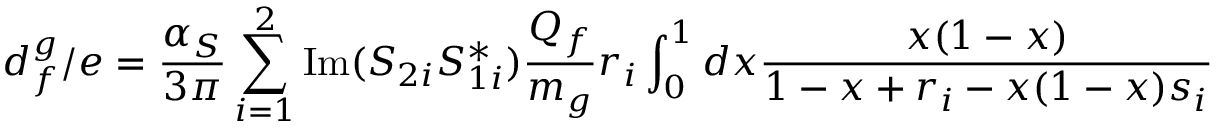
d _ { f } ^ { g } / e = { \frac { \alpha _ { S } } { 3 \pi } } \sum _ { i = 1 } ^ { 2 } \mathrm { I m } ( S _ { 2 i } S _ { 1 i } ^ { \ast } ) { \frac { Q _ { f } } { m _ { g } } } r _ { i } \int _ { 0 } ^ { 1 } d x { \frac { x ( 1 - x ) } { 1 - x + r _ { i } - x ( 1 - x ) s _ { i } } }